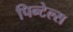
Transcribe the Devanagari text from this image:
पिन्टेल्स